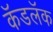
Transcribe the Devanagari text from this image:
कॅडलॅक